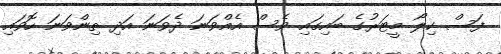
ފަސް ކިލޯ މީޓަރުގެ ބައިގައި ވެސް އެއްވަނަ ދެވަނަ އަދި ތިންވަނަ ހޮވައި